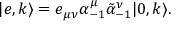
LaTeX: | e , k \rangle = e _ { \mu \nu } \alpha _ { - 1 } ^ { \mu } \tilde { \alpha } _ { - 1 } ^ { \nu } | 0 , k \rangle .